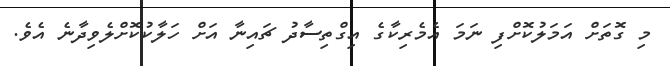
މި ގޮތަށް އަމަލުކޮށްފި ނަމަ އެމެރިކާގެ އިގްތިސާދު ޗައިނާ އަށް ހަލާކުކޮށްލެވިދާނެ އެވެ.